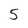
Character: 5